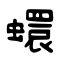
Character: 蠉